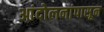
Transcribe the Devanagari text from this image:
आंदोलनांपासून